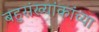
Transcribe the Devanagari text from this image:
बहुसंख्यांकांच्या